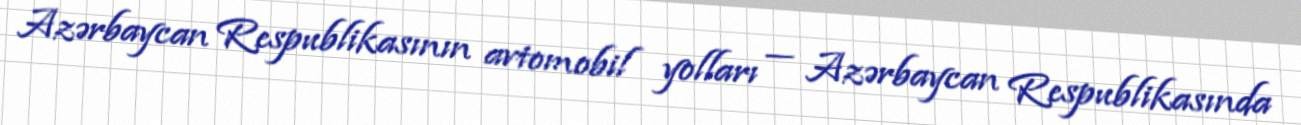
Azərbaycan Respublikasının avtomobil yolları — Azərbaycan Respublikasında